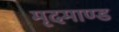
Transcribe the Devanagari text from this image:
मृदमाण्ड